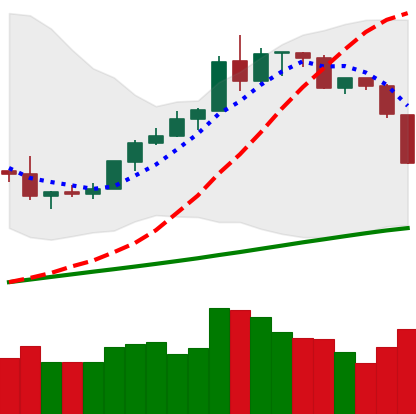
Ticker: BTC-USD
Chart end date: 2019-08-14
Forward return: 8.599%
Label: up_7plus